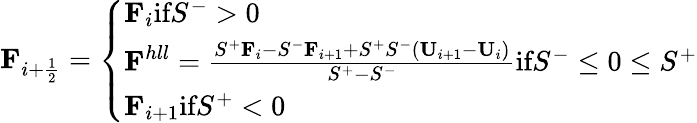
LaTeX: \textbf{F}_{i+\frac{1}{2}}=\left\{ \begin{array}{ll}{\textbf{F}_{i}\textrm{if}S^{-}>0}\\ {\textbf{F}^{hll}=\frac{S^{+}\textbf{F}_{i}-S^{-}\textbf{F}_{i+1}+S^{+}S^{-}(\textbf{U}_{i+1}-\textbf{U}_{i})}{S^{+}-S^{-}}\textrm{if}S^{-}\leq 0\leq S^{+}}\\ {\textbf{F}_{i+1}\textrm{if}S^{+}<0}\end{array}\right.